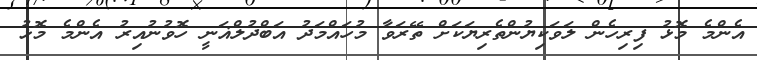
އެންމެ މޮޅު ފިރިހެން ލަވަކިޔުންތެރިޔަކަށް ތޭރަވާ މުހައްމަދު އަބްދުލްޣަނީ ހޮވުނުއިރު އެންމެ މޮޅު